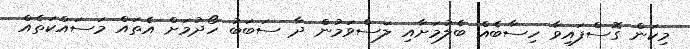
މިކަން ގޮސްފައިވާ ހިސާބެއް ބެލުމަށާއި ލަސްވަމުން ދާ ސަބަބު ހޯދުމަށް އެތައް މަސައްކަތެއް